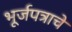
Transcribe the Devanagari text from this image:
भूर्जपत्राचे